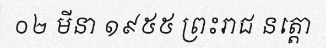
០២ មីនា ១៩៥៥ ព្រះរាជ នត្តោ